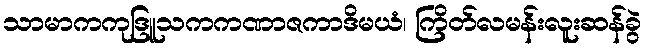
သာမာကကုဒြူသကကဏာဇကာဒိမယံ၊ ကြိတ်လမန်းလူးဆန်ခွဲ